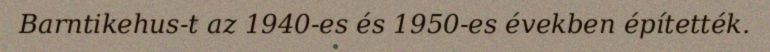
Barntikehus-t az 1940-es és 1950-es években építették.